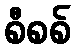
စီစစ်